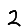
Digit: 2